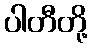
ပါတီတို့